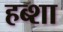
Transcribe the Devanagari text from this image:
हब्शा